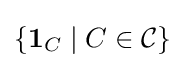
\{\mathbf {1} _{C}\mid C\in {\mathcal {C}}\}